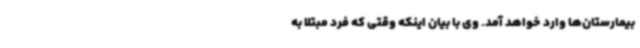
بیمارستان‌ها وارد خواهد آمد. وی با بیان اینکه وقتی که فرد مبتلا به